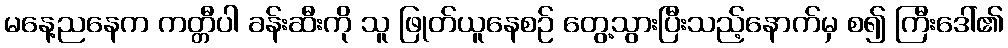
မနေ့ညနေက ကတ္တီပါ ခန်းဆီးကို သူ ဖြုတ်ယူနေစဉ် တွေ့သွားပြီးသည့်နောက်မှ စ၍ ကြီးဒေါ်၏